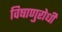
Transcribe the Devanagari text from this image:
विषाणुरोधी